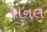
ખનલ